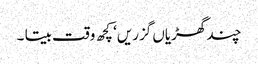
چند گھڑیاں گزریں‘ کچھ وقت بیتا ۔